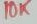
Text: 10K